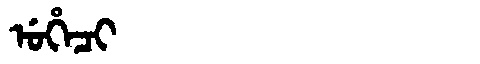
Manchu: ᡠᡥᡝᠴᡳ
Romanization: UHECI